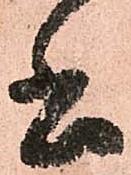
書